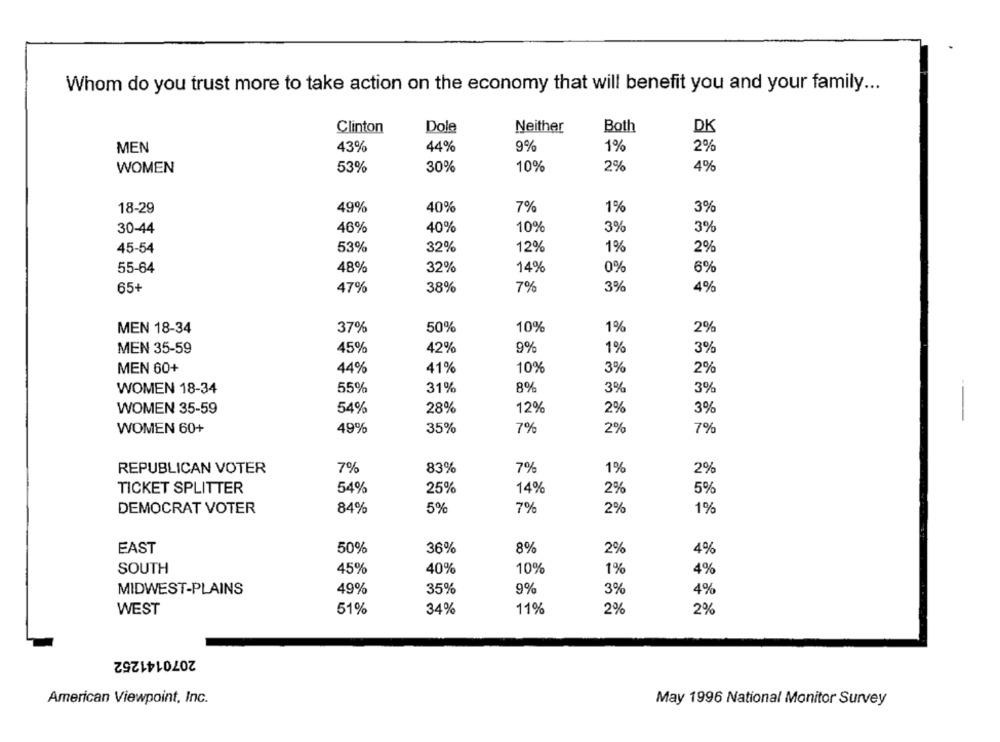
Whom do you trust more to take action on the economy that will benefit you and your family ...
Clinton
Dole
Neither
Both
DK
MEN
43%
44%
9%
1%
2%
WOMEN
53%
30%
10%
2%
4%
49%
40%
7%
1%
18-29
3%
30-44
46%
40%
10%
3%
3%
45-54
53%
32%
12%
1%
2%
32%
14%
55-64
48%
0%
6%
65+
47%
38%
7%
3%
4%
MEN 18-34
37%
50%
10%
1%
2%
45%
42%
9%
1%
3%
MEN 35-59
MEN 60+
44%
41%
10%
3%
2%
WOMEN 18-34
55%
31%
8%
3%
3%
54%
28%
12%
3%
WOMEN 35-59
2%
WOMEN 60+
49%
35%
7%
2
7%
83%
REPUBLICAN VOTER
7%
7%
1%
2%
TICKET SPLITTER
54%
25%
14%
2%
5%
DEMOCRAT VOTER
84%
5%
7%
2%
1%
EAST
50%
36%
8%
2%
4%
SOUTH
45%
40%
10%
1%
4%
MIDWEST-PLAINS
49%
35%
9%
3%
4%
11%
WEST
51%
34%
2%
2%
2070141252
American Viewpoint, Inc.
May 1996 National Monitor Survey